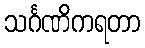
သင်္ဂဏိကရတာ